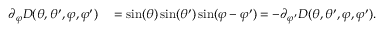
\begin{array} { r l } { \partial _ { \varphi } D ( \theta , \theta ^ { \prime } , \varphi , \varphi ^ { \prime } ) } & { { } = \sin ( \theta ) \sin ( \theta ^ { \prime } ) \sin ( \varphi - \varphi ^ { \prime } ) = - \partial _ { \varphi ^ { \prime } } D ( \theta , \theta ^ { \prime } , \varphi , \varphi ^ { \prime } ) . } \end{array}